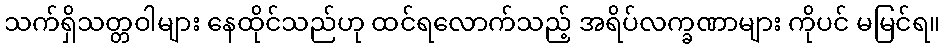
သက်ရှိသတ္တဝါများ နေထိုင်သည်ဟု ထင်ရလောက်သည့် အရိပ်လက္ခဏာများ ကိုပင် မမြင်ရ။